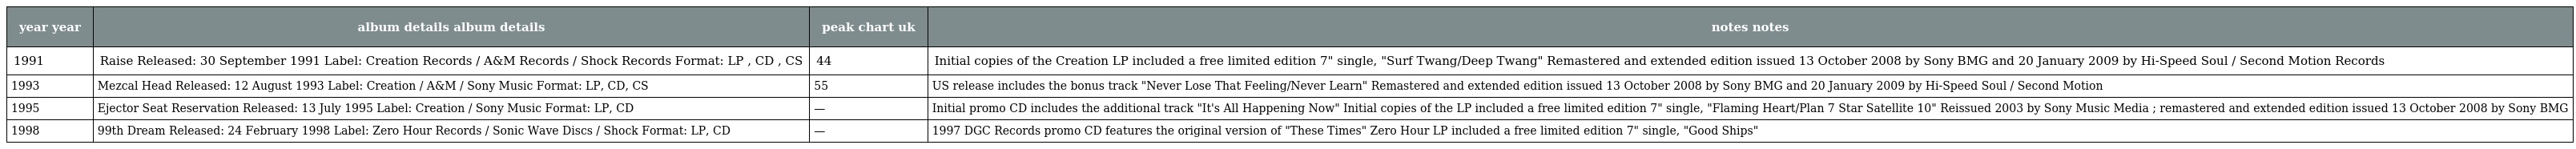
| year year | album details album details | peak chart uk | notes notes |
 | --- | --- | --- | --- |
 | 1991 | Raise Released: 30 September 1991 Label: Creation Records / A&M Records / Shock Records Format: LP , CD , CS | 44 | Initial copies of the Creation LP included a free limited edition 7" single, "Surf Twang/Deep Twang" Remastered and extended edition issued 13 October 2008 by Sony BMG and 20 January 2009 by Hi-Speed Soul / Second Motion Records |
 | 1993 | Mezcal Head Released: 12 August 1993 Label: Creation / A&M / Sony Music Format: LP, CD, CS | 55 | US release includes the bonus track "Never Lose That Feeling/Never Learn" Remastered and extended edition issued 13 October 2008 by Sony BMG and 20 January 2009 by Hi-Speed Soul / Second Motion |
 | 1995 | Ejector Seat Reservation Released: 13 July 1995 Label: Creation / Sony Music Format: LP, CD | — | Initial promo CD includes the additional track "It's All Happening Now" Initial copies of the LP included a free limited edition 7" single, "Flaming Heart/Plan 7 Star Satellite 10" Reissued 2003 by Sony Music Media ; remastered and extended edition issued 13 October 2008 by Sony BMG |
 | 1998 | 99th Dream Released: 24 February 1998 Label: Zero Hour Records / Sonic Wave Discs / Shock Format: LP, CD | — | 1997 DGC Records promo CD features the original version of "These Times" Zero Hour LP included a free limited edition 7" single, "Good Ships" |